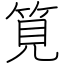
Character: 筧